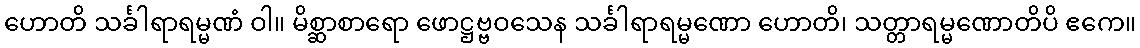
ဟောတိ သင်္ခါရာရမ္မဏံ ဝါ။ မိစ္ဆာစာရော ဖောဋ္ဌဗ္ဗဝသေန သင်္ခါရာရမ္မဏော ဟောတိ၊ သတ္တာရမ္မဏောတိပိ ဧကေ။